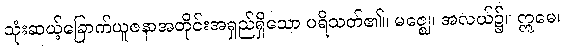
သုံးဆယ့်ခြောက်ယူဇနာအတိုင်းအရှည်ရှိသော ပရိသတ်၏။ မဇ္ဈေ၊ အလယ်၌။ ဣမေ၊